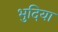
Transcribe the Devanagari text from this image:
भुदिया